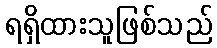
ရရှိထားသူဖြစ်သည်